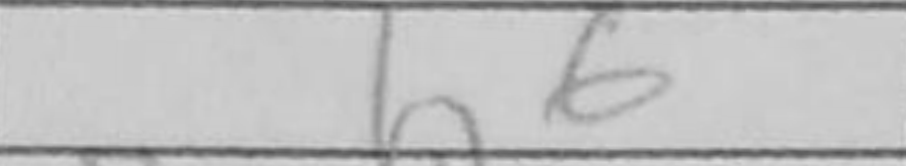
Transcription: h6